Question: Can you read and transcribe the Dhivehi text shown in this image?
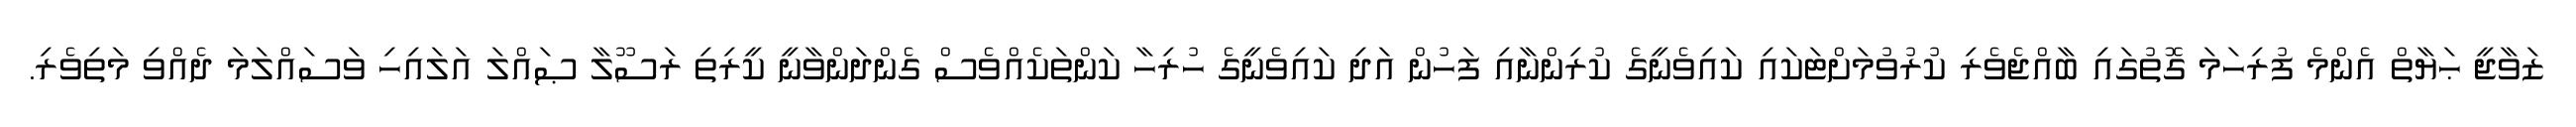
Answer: ޒަވާޖީ ޙަޔާތް އެންމެ ފުރިހަމަ ގޮތުގައި ބާއްޖެވެރި ކުރުވުމަށްޓަކައި ކައިވެނީގެ ކުރިންނާއި ފަހުން އަދި ކައިވެނީގެ ހުރިހާ ކަންތަކެއްވެސް ގެންދަންވާނީ ކީރިތި ރަސޫލާ ޞައްލަ އަލައިހި ވަސައްލަމަ ދެއްވި މަތިވެރި.